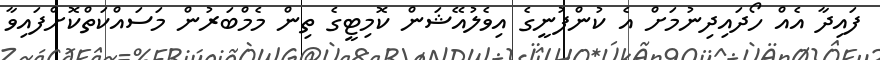
ފައިދާ އެއް ހޯދައިދިނުމަށް އެ ކުންފުނީގެ އިވެލުއޭޝަން ކޮމިޓީގެ ތިން މެމްބަރުން މަސައްކަތްކޮށްފައިވާ